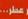
عطر